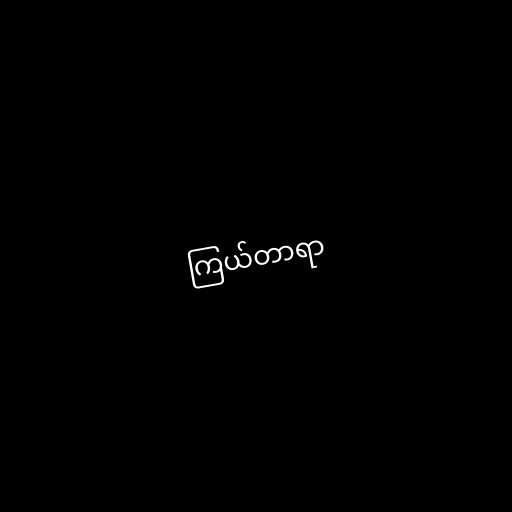
ကြယ်တာရာ